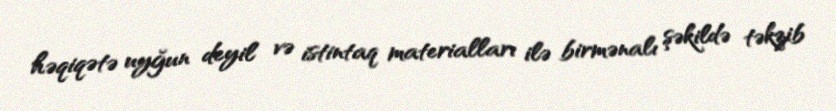
həqiqətə uyğun deyil və istintaq materialları ilə birmənalı şəkildə təkzib